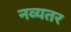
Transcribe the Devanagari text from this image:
नव्यतर